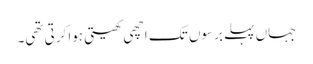
جہاں پہلے برسوں تک اچھی کھیتی ہوا کرتی تھی۔